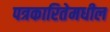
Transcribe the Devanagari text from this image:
पत्रकारितेमधील